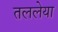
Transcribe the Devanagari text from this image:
तललेया